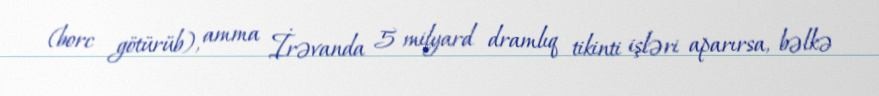
(borc götürüb), amma İrəvanda 5 milyard dramlıq tikinti işləri aparırsa, bəlkə